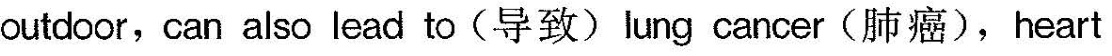
outdoor,can also lead to(导致)lung cancer(肺癌),heart